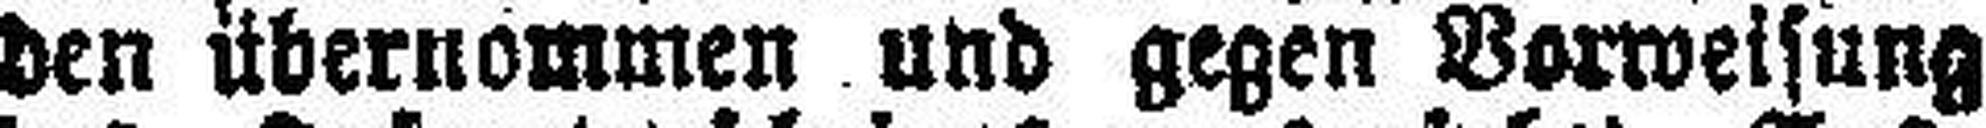
den übernommen und gegen Vorweisung